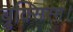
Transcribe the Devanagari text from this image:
ब्रुक्सिस्म।